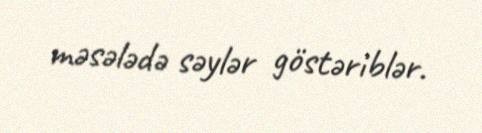
məsələdə səylər göstəriblər.